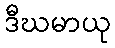
ဒီဃမာယု